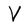
Character: V